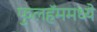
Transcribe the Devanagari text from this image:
फुलहॅममध्ये